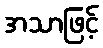
အသာဖြင့်